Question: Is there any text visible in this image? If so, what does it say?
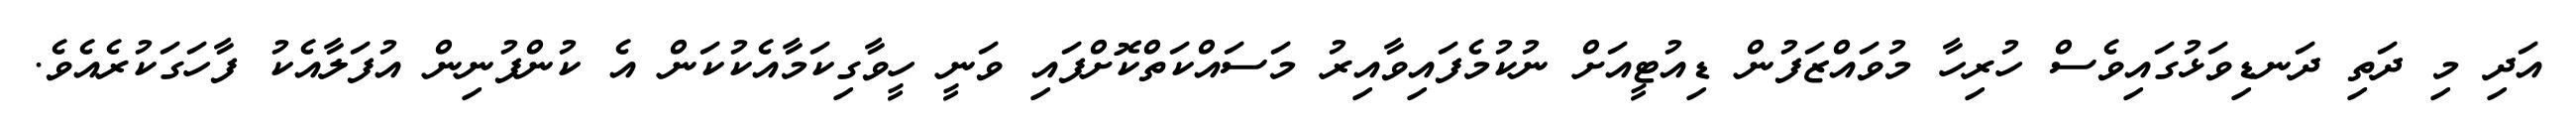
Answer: އަދި މި ދަތި ދަނޑިވަޅުގައިވެސް ހުރިހާ މުވައްޒަފުން ޑިއުޓީއަށް ނުކުމެފައިވާއިރު މަސައްކަތްކޮށްފައި ވަނީ ހީވާގިކަމާއެކުކަން އެ ކުންފުނިން އުފަލާއެކު ފާހަގަކުރެއެވެ.